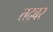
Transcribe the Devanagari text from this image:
तदबर